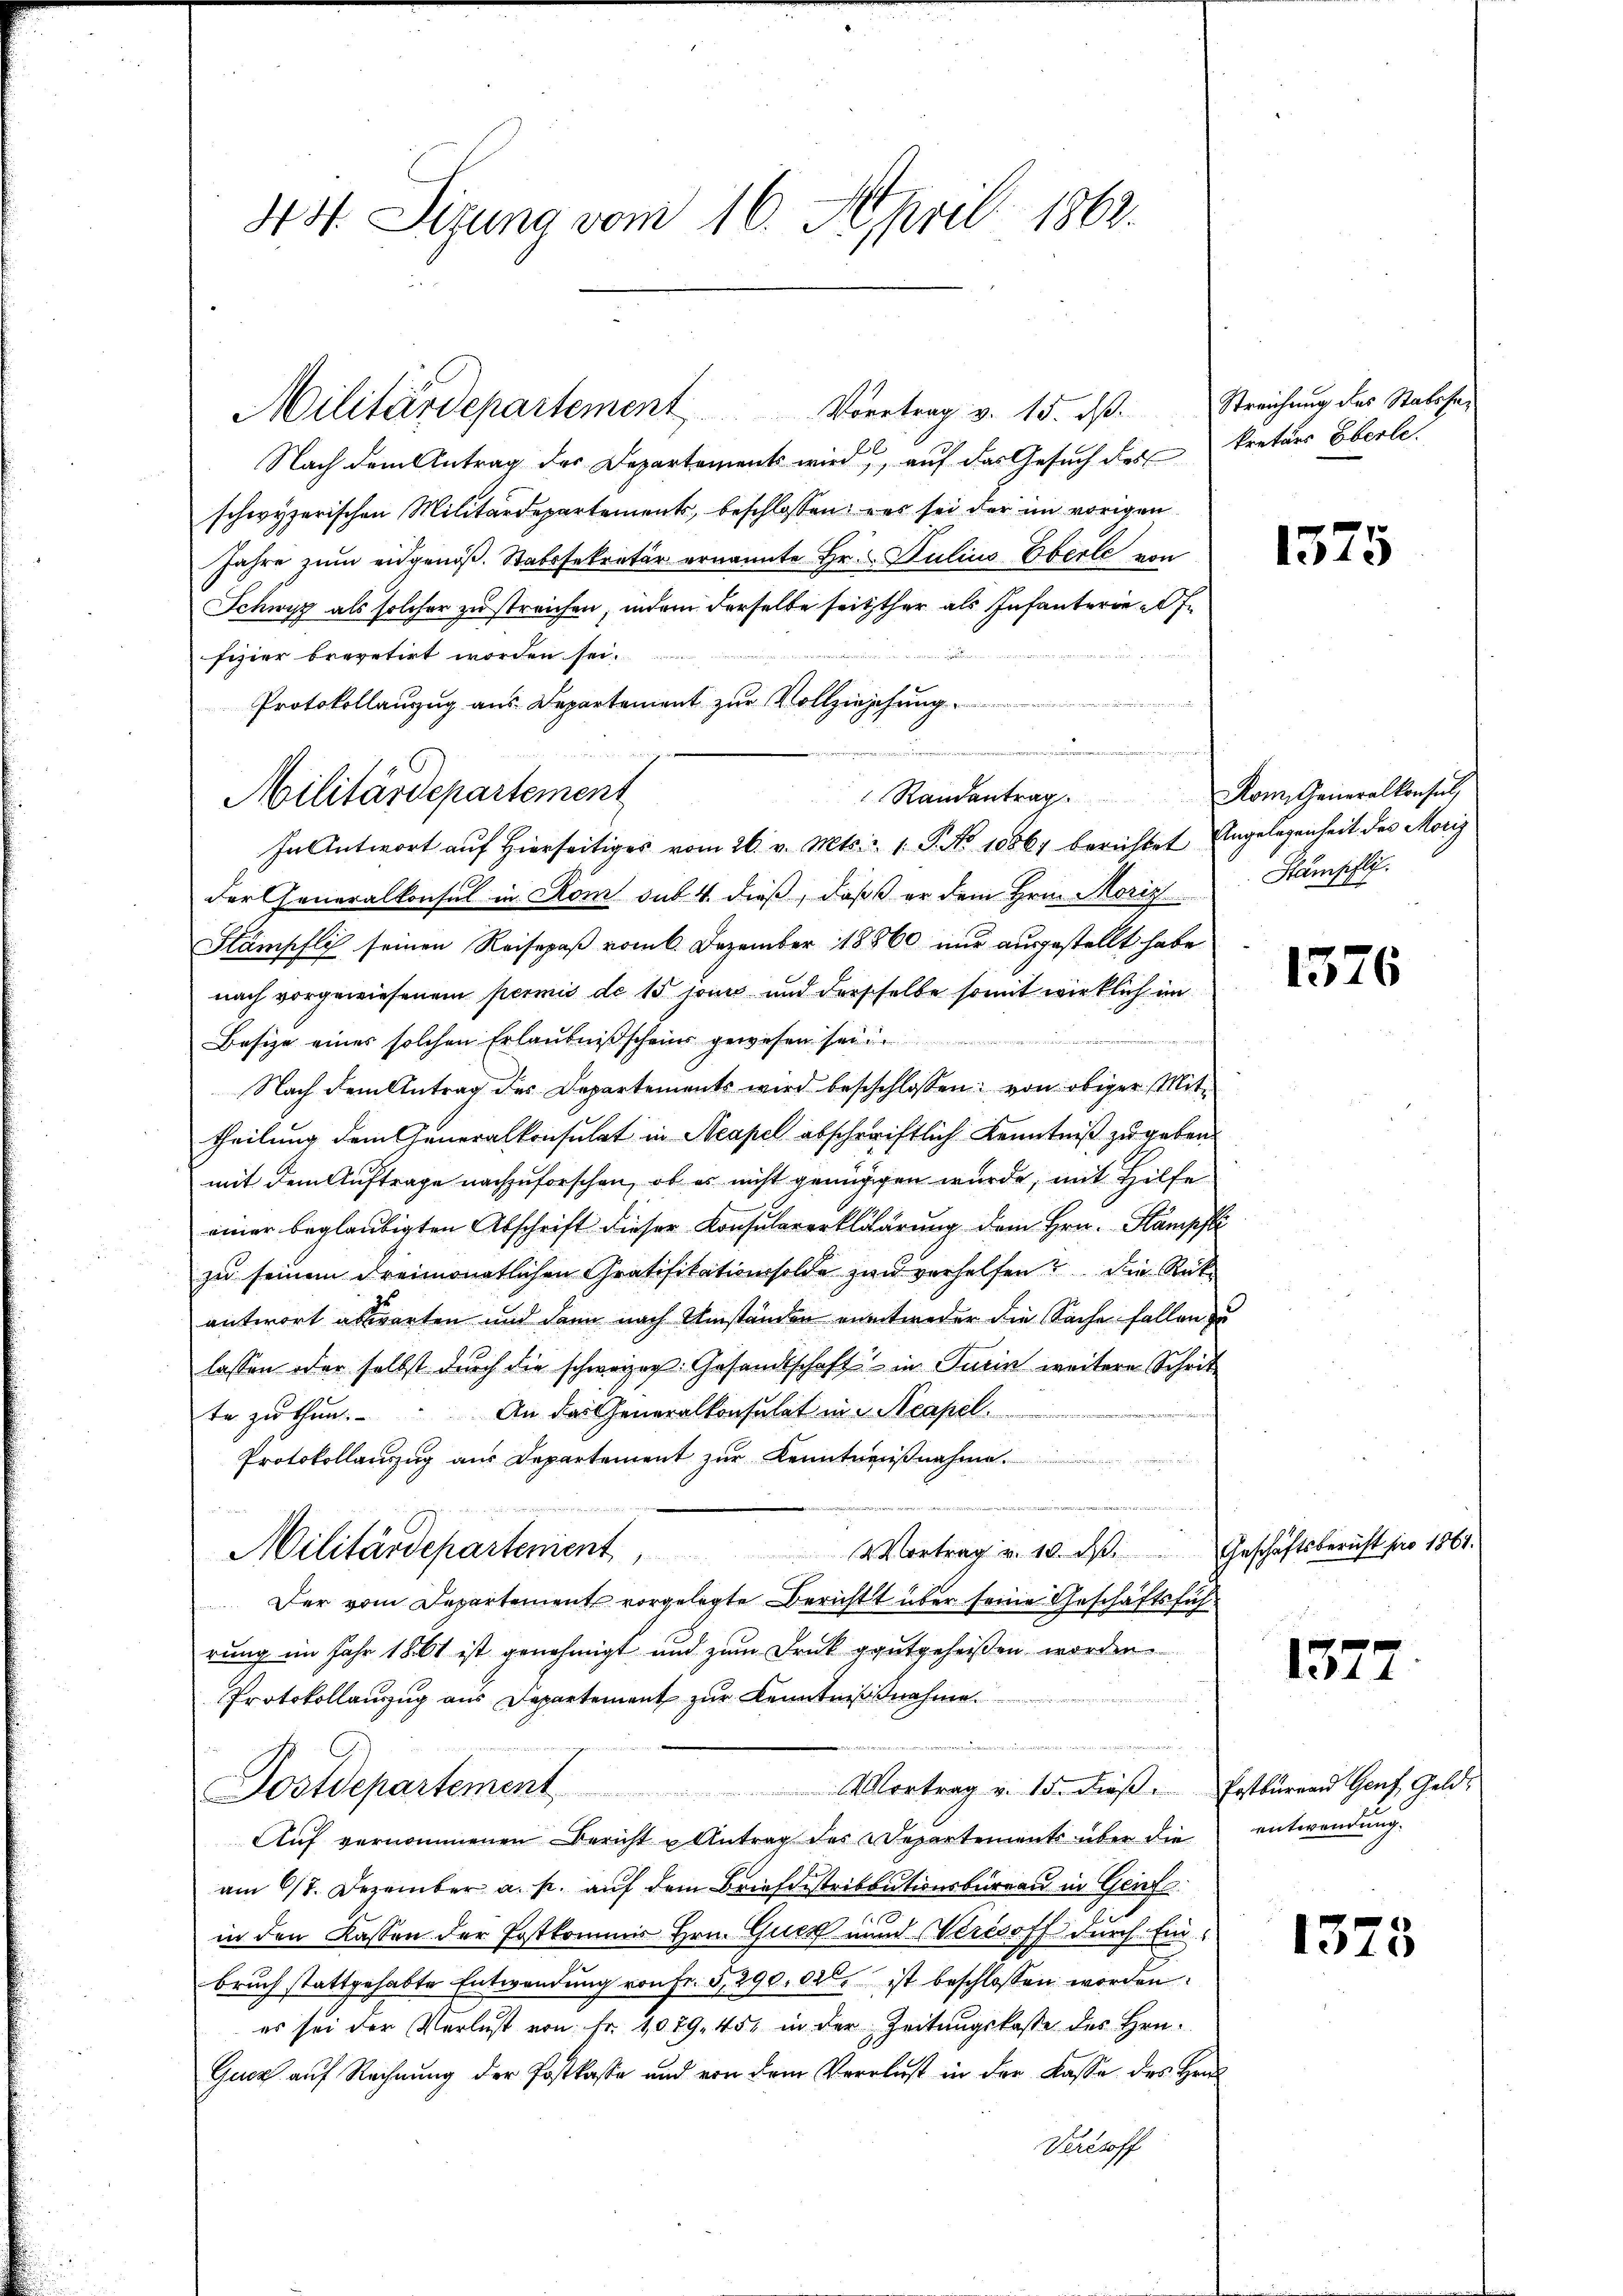
Not. Sizung vom 16. April 1862.

Militärdepartement                 Vortrag v. 15. dß. Streichung des Statosa¬
26
Nach dem Antrag der Departements wird, auf das Gesuch des kretärs Eberle
schwyzerischen Militärdepartements, beschlossen, was sei der im vorigen
Jahre zum eidgenöß. Stabssekretär ernannte Hr. Julius Eberle von
Schwyz als solcher zu streichen, indem derselbe seitsther als Infanteriefe
fizier brevetirt worden sei.
Protokollanzug aus Departement zur Vollziehung
Randantrag. Rom. Generalkonsul,
In Antwort auf Hierseitiges vom 26. v. Mts. 1 P. No 1086) berichtet Angelegenheit des Morig
der Generalkonsul in Rom sub. 4. dieß, daβ er dem Hrn. Moris Stampfli
Stämpflich seinen Reisepaß vom 6. Dezember 18860 nur ausgestellt habe
nach vorgewiesenem permis de 15 jouis und dersselbe somit wirklich im
Besize eines solchen Erlaubnißscheins gewesen sei
Nach dem Antrag des Departements wird beschlossen: von obiger Mittheilung dem Generalkonsulat in Neapel abschriftlich Kenntniß zu geben.
mit dem Auftrage nachzuforschen, ob es nicht genügigen wurde, mit Hilfe
einer beglaubigten Abschrift dieser Konsularerklärung dem Hrn. Stampfli
zu seinem dreimonatlichen Gratifikationsolde zur verhelfen? Die Rükantwort abwarten und dann nach Umständen entweder die Sache fallen zu
lassen oder selbst durch die schweizer. Gesandtschaft in Turin weitere Schrit¬
An das Generalkonsulat in Neapel.
te zu thun.
Protokollauszug aus Departement zur Kenntnißnahme.
e
Militärdepartenient            Vertrag v. 10. ds. Geschäftsbericht pro 1861.
Der vom Departement vorgelegte Bericht über seine Geschäftsführung im Jahr 1861 ist genehmigt und zum Druck gutgeheißen worden
Protokollauszug aus Departement zur Kenntnißnahme
Postdepartement Vortrag v. 15. dieβ. Postbüren Genf, Geld-
Auf vernommenen Bericht u Antrag des Departements über die entwendung.
am 6/7. Dezember a. p. auf dem Briefdistributionsbüreau in Genf
in den Kassen der Postkommis Hrn. Gues und Wercsoff durch Einbruch stattgehabte Entwendung von Fr. 3, 290. 02. ist beschlossen worden.
es sei der Verlust von Fr. 1079. 45, in der Zeitŭngskasse des Hrn.
Gucz auf Rechnung der Postkasse und von dem Verlust in der Kasse des Hrn
Verstoff

Militärdepartement

.

1375

1576

1577

1373